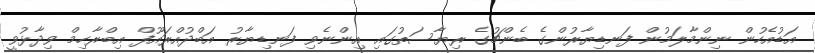
އަޑުއެހުން ނިންމާލަމުން ފަނޑިޔާރުންގެ ބެންޗުގެ ރިޔާސަތުގައި އިންނެވި ފަނޑިޔާރު އަބްދުއްރައޫފް އިބްރާހިމް ވިދާޅުވީ